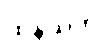
ထနယတိ